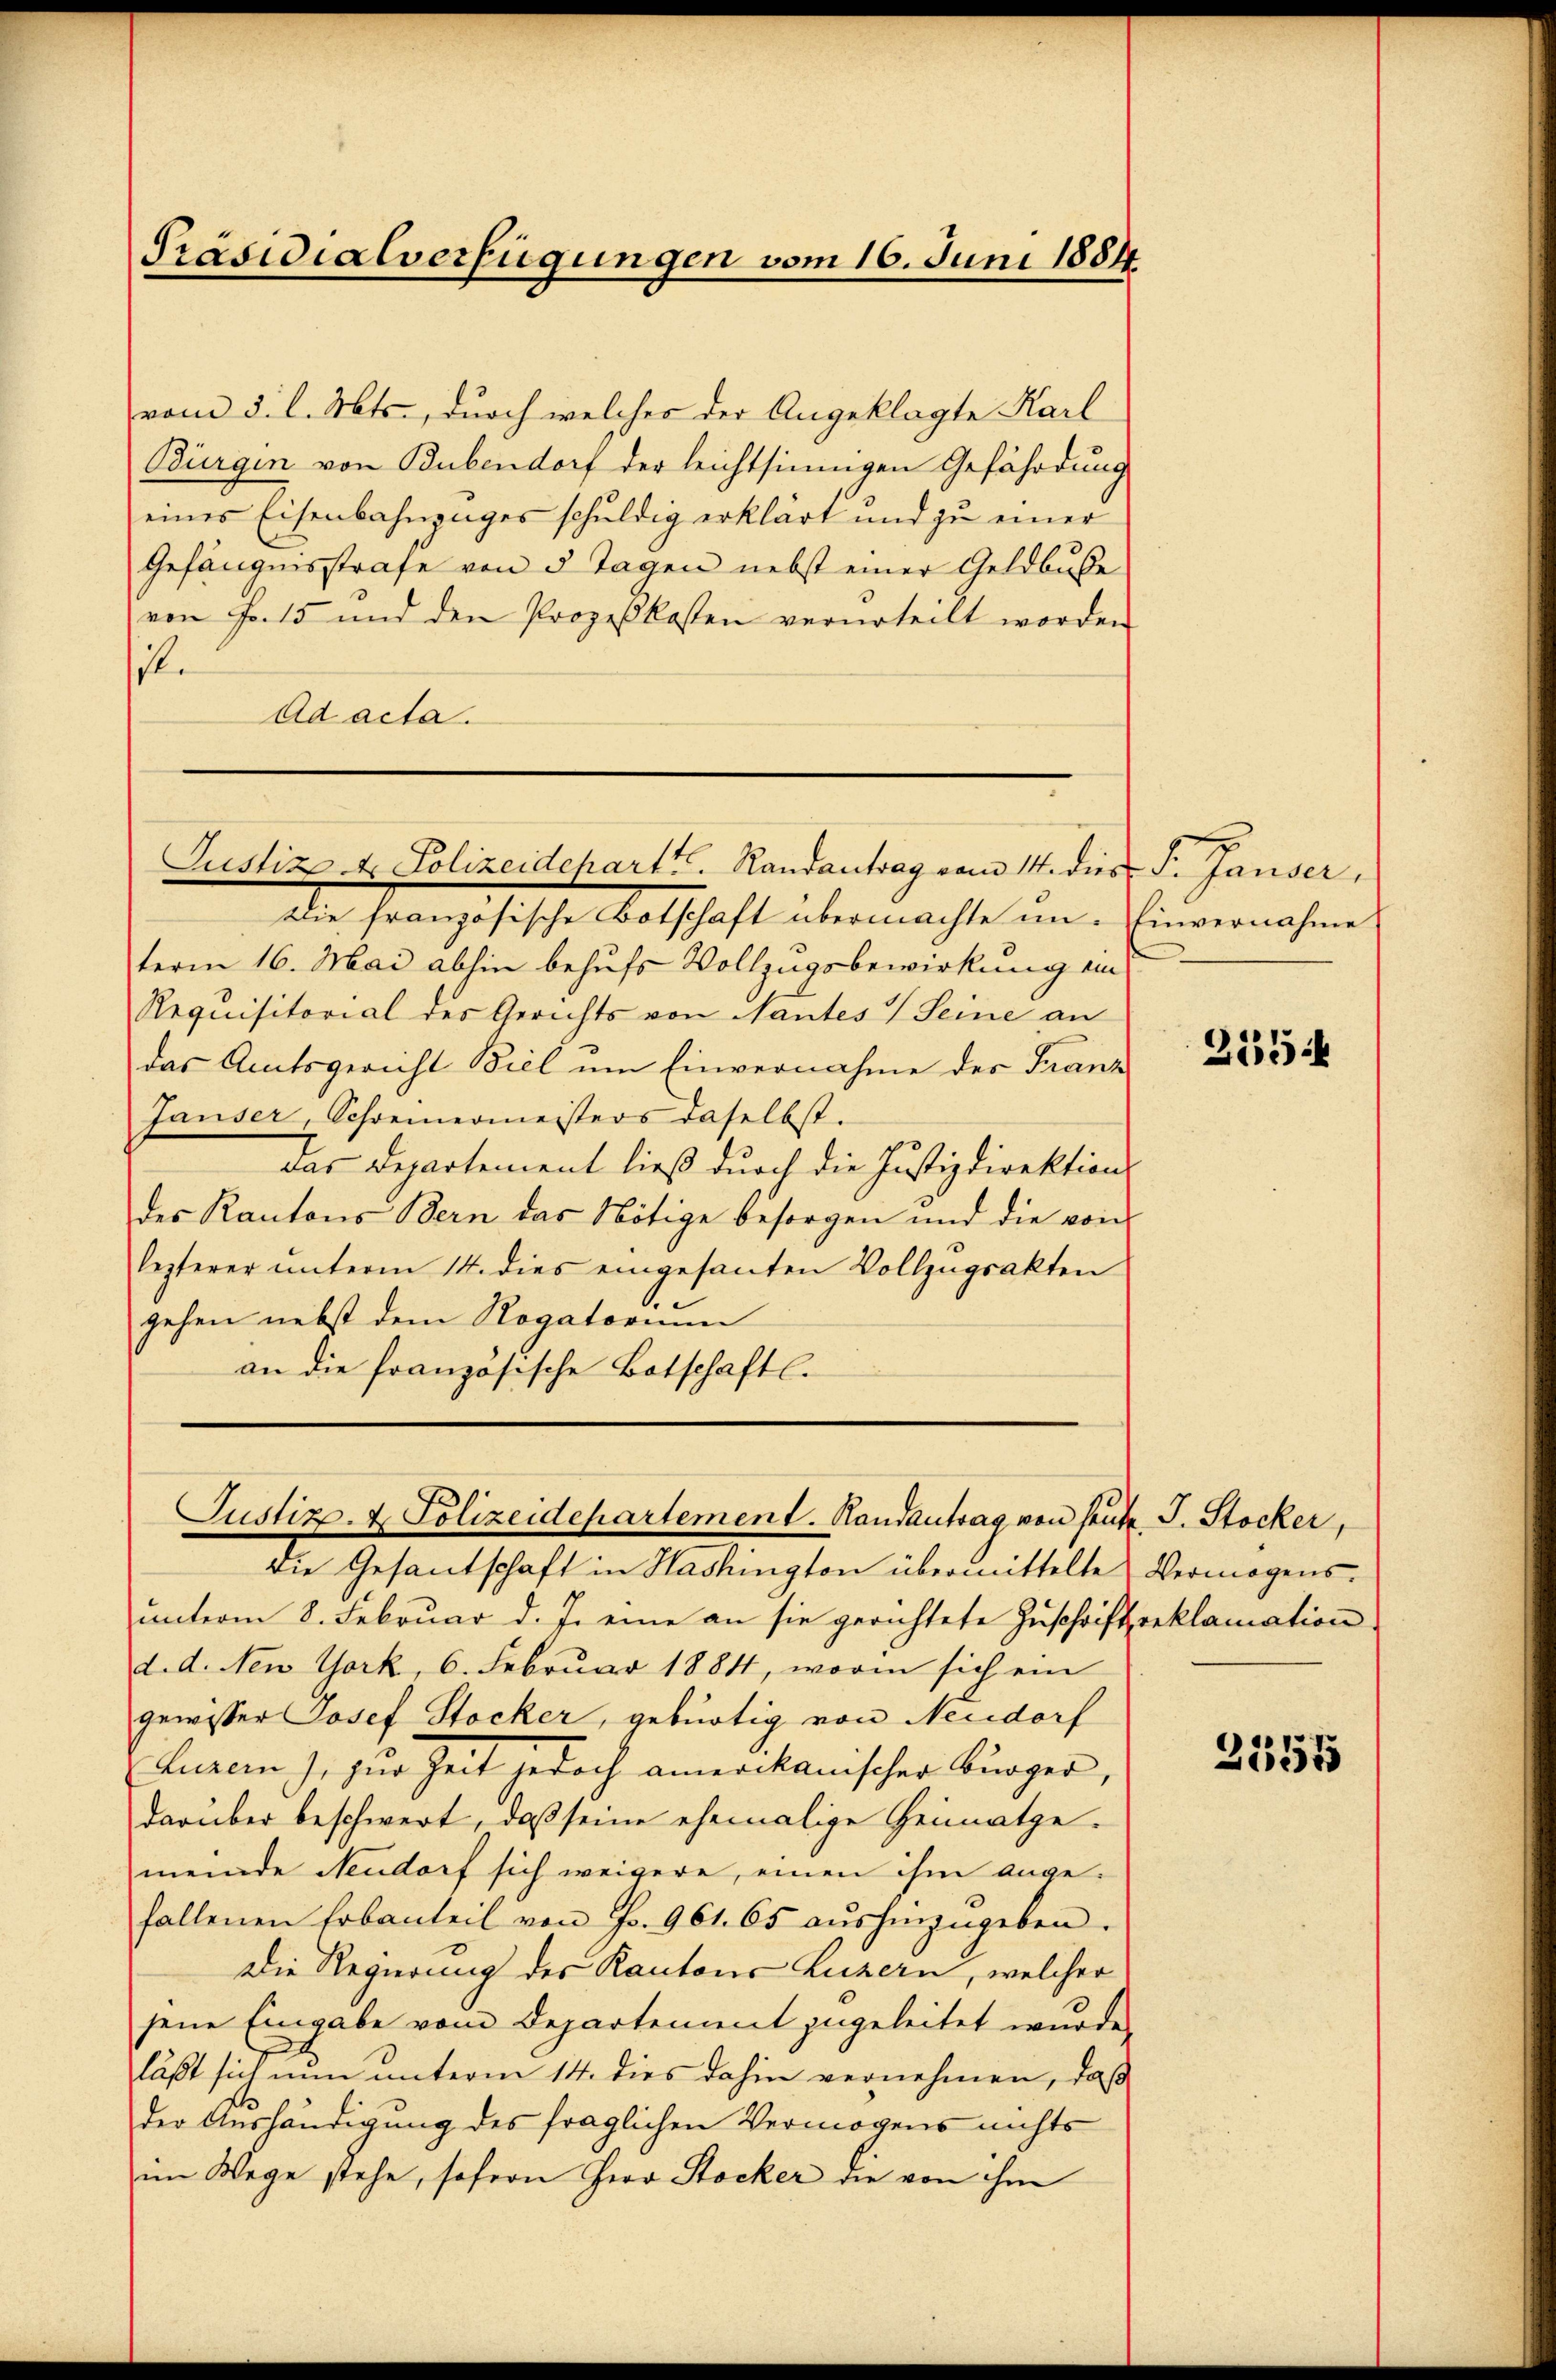
Präsidialverfügungen vom 16. Juni 1884

vom 3. l. Mts., durch welches der Angeklagte Karl
Bürgen von Bubendorf der leichtsinnigen Gefährdung
eines Eisenbahnzuges schuldig erklärt und zu einer
Gefängnisstrafe von 5 Tagen nebst einer Geldbuße
von Fr. 15 und den Prozeßkosten verurteilt worden
ste
Ad acta.

Justiz u. Polizeidepart. Randantrag vom 14. dies F. Janser,

Justiz- & Polizeidepartement. Handantrag von heute J. Stocker,
die Gesantschaft in Washington übermittelte Vermögens¬

Die französische Botschaft übermachte un- Einvernahme
term 16. Mai abhin behufs Vollzugsbewirkung ein
Requisitorial des Gerichts von Nantes Seine an
das Amtsgericht Biel um Einvernahme des Franz
Jauser, Schreiermeisters daselbst.
das Departement ließ durch die Justizdirektions
des Kantons Bern das Nötige besorgen und die von
lezterer ŭnterm 14. dies eingesanten Vollzŭgsakten
gehen nebst dem Rogatorium
an die französische Botschaftl.

ŭnterm 8. Februar d. J. eine an sie gerichtete Zŭschrift reklamation
d. d. New York, 6. Februar 1884, worin sich ein
gewisser Josef Stocker, gebürtig von Neudorf
Luzern), zur Zeit jedoch amerikanischer Bürger,
darüber beschwert, daß seine ehemalige Heimatgemeinde Neudorf sich weigere, einen ihm angefallenen Erbanteil von Fr. 961. 65 aŭshinzugeben.
Die Regierung des Kantons Luzern, welcher
jene Eingabe vom Departement zugeleitet wurde.
läßt sich nun unterm 14. dies dahin vernehmen, daß
der Aushändigung des fraglichen Vermögens nichts
im Wege stehe, sofern Herr Stocker die von ihm

2154

2555